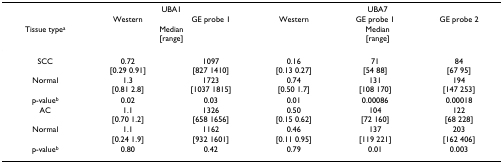
|  | <COLSPAN=2> UBA1 | <COLSPAN=3> UBA7 |
 |  | Western | GE probe 1 | Western | GE probe 1 | GE probe 2 |
 | Tissue typea | <COLSPAN=2> Median[range] | <COLSPAN=3> Median[range] |
 | --- | --- | --- | --- | --- | --- |
 | SCC | 0.72[0.29 0.91] | 1097[827 1410] | 0.16[0.13 0.27] | 71[54 88] | 84[67 95] |
 | Normal | 1.3[0.81 2.8] | 1723[1037 1815] | 0.74[0.50 1.7] | 131[108 170] | 194[147 253] |
 | p-valueb | 0.02 | 0.03 | 0.01 | 0.00086 | 0.00018 |
 | AC | 1.1[0.70 1.2] | 1326[658 1656] | 0.50[0.15 0.62] | 104[72 160] | 122[68 228] |
 | Normal | 1.1[0.24 1.9] | 1162[932 1601] | 0.46[0.11 0.95] | 137[119 221] | 203[162 406] |
 | p-valueb | 0.80 | 0.42 | 0.79 | 0.01 | 0.003 |